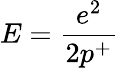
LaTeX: E=\frac{e^{2}}{2p^{+}}